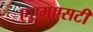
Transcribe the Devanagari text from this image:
एएमएसटी